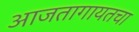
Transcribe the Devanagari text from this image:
आजतागायतचा